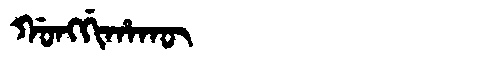
Manchu: ᡤᠣᠩᡤᡳᡥᠠᡴᡡ
Romanization: GONGGIHAKŪ